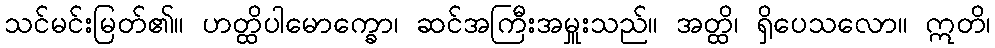
သင်မင်းမြတ်၏။ ဟတ္ထိပါမောက္ခော၊ ဆင်အကြီးအမှူးသည်။ အတ္ထိ၊ ရှိပေသလော။ ဣတိ၊